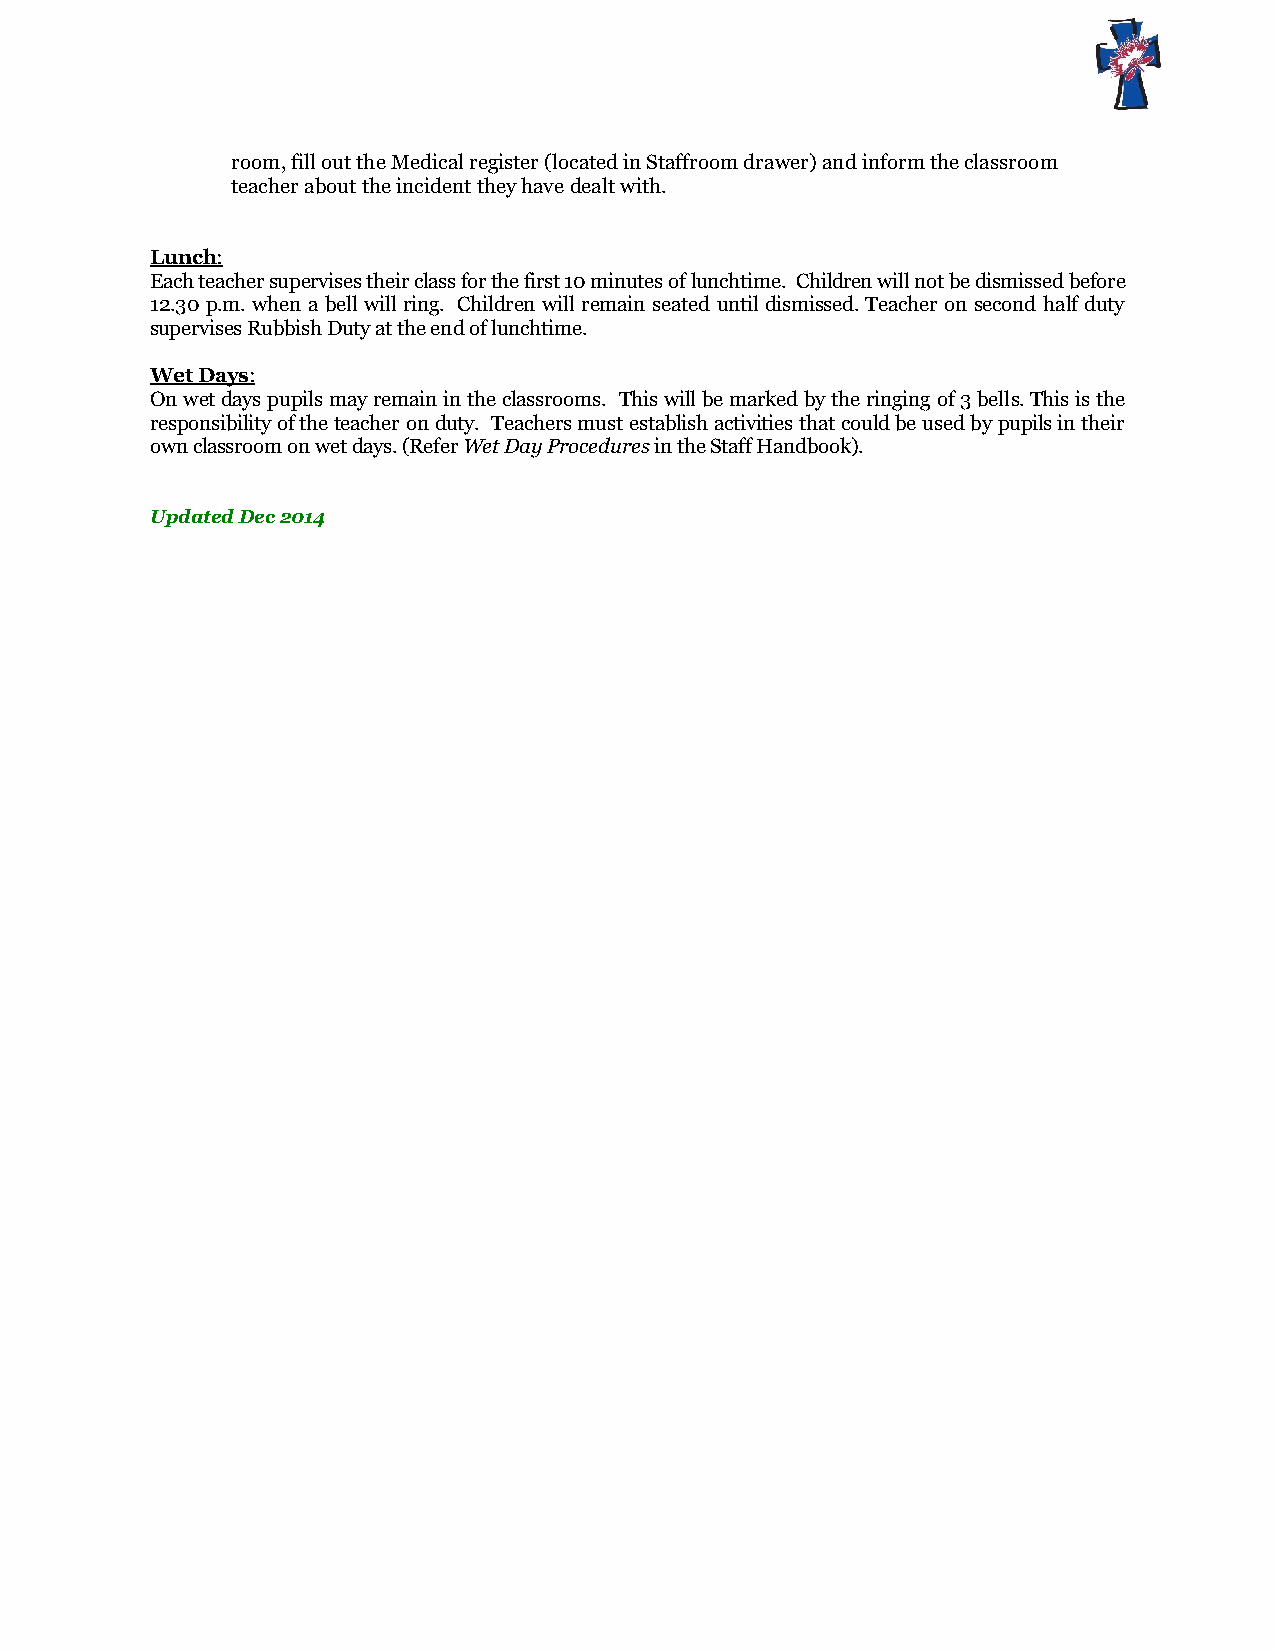
room, fill out the Medical register (located in Staffroom drawer) and inform the classroom
 teacher about the incident they have dealt with.
 Lunch:
 Each teacher supervises their class for the first 10 minutes of lunchtime. Children will not be dismissed before
 12.30 p.m. when a bell will ring. Children will remain seated until dismissed. Teacher on second half duty
 supervises Rubbish Duty at the end of lunchtime.
 Wet Days:
 On wet days pupils may remain in the classrooms. This will be marked by the ringing of 3 bells. This is the
 responsibility of the teacher on duty. Teachers must establish activities that could be used by pupils in their
 own classroom on wet days. (Refer Wet Day Procedures in the Staff Handbook).
 Updated Dec 2014